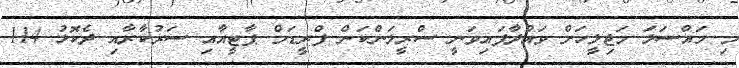
މި މައްސަލަ މަޖިލީހަށް ވައްދާފައިވަނީ ސްރީލަންކަން ފްރީޑަމް ޕާޓީއާއި ސަރުކާރާއި ދެކޮޅު 114